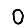
Digit: 0